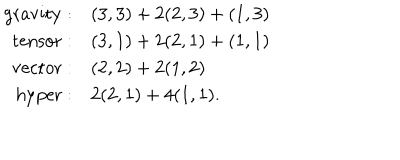
LaTeX: \begin{array} { r l } { { \mathrm { g r a v i t y } : } } & { { ( 3 , 3 ) + 2 ( 2 , 3 ) + ( 1 , 3 ) \nonumber } } \\ { { \mathrm { t e n s o r } : } } & { { ( 3 , 1 ) + 2 ( 2 , 1 ) + ( 1 , 1 ) \nonumber } } \\ { { \mathrm { v e c t o r } : } } & { { ( 2 , 2 ) + 2 ( 1 , 2 ) \nonumber } } \\ { { \mathrm { h y p e r } : } } & { { 2 ( 2 , 1 ) + 4 ( 1 , 1 ) . } } \\ \end{array}